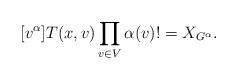
LaTeX: \begin{align*}[v^\alpha]T(x,v)\prod\limits_{v\in V}\alpha(v)! =X_{G^\alpha}.\end{align*}